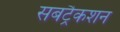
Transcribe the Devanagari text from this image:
सबट्रैकशन